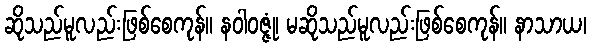
ဆိုသည်မူလည်းဖြစ်စေကုန်။ နဝါဝဇ္ဇုံ၊ မဆိုသည်မူလည်းဖြစ်စေကုန်။ နာသာယ၊